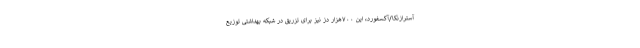
آسترازنکا/آکسفورد، این ۷۰۰هزار دز نیز برای تزریق در شبکه بهداشتی توزیع